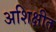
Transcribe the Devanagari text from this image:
अशिक्षीत